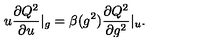
u \frac { \partial Q ^ { 2 } } { \partial u } | _ { g } = \beta ( g ^ { 2 } ) \frac { \partial Q ^ { 2 } } { \partial g ^ { 2 } } | _ { u } .